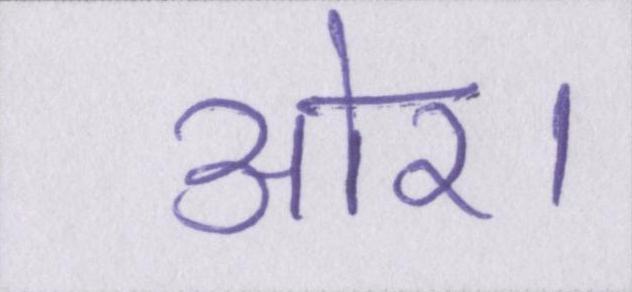
ओर।